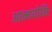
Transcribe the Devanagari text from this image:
आत्मयोनिः